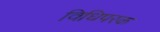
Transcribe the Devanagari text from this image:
विधिपरक